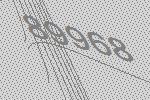
89968